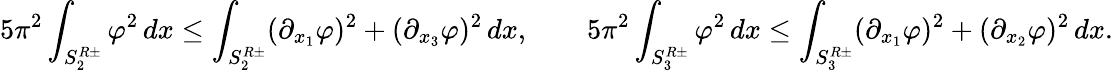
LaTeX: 5\pi^{2}\int_{S_{2}^{R\pm}}\varphi^{2}\, dx\le\int_{S_{2}^{R\pm}}(\partial_{x_{1}}\varphi)^{2}+(\partial_{x_{3}}\varphi)^{2}\, dx,\qquad 5\pi^{2}\int_{S_{3}^{R\pm}}\varphi^{2}\, dx\le\int_{S_{3}^{R\pm}}(\partial_{x_{1}}\varphi)^{2}+(\partial_{x_{2}}\varphi)^{2}\, dx.